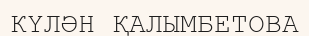
КҮЛӘН ҚАЛЫМБЕТОВА